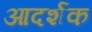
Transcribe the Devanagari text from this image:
आदर्शक